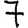
Digit: 7